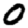
Digit: 0